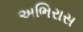
અભિરાસ